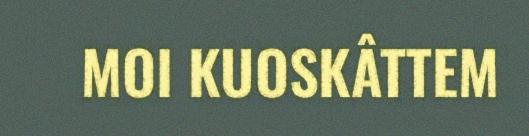
MOI KUOSKÂTTEM